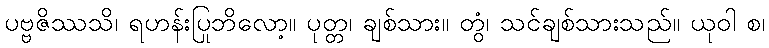
ပဗ္ဗဇိဿသိ၊ ရဟန်းပြုဘိလော့။ ပုတ္တ၊ ချစ်သား။ တွံ၊ သင်ချစ်သားသည်။ ယုဝါ စ၊